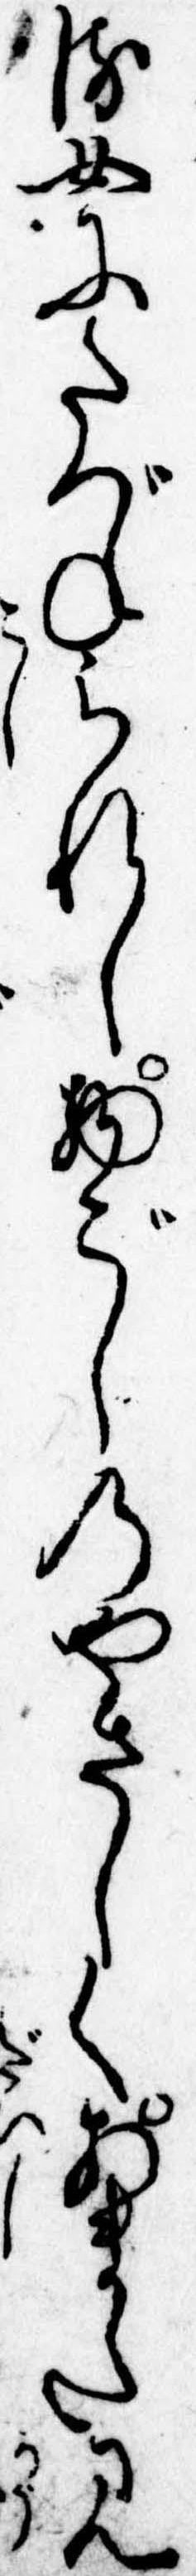
る女にたづねられし物ごしのやさしくあまた見